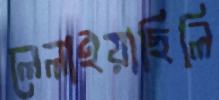
লেলাইয়াছিলি